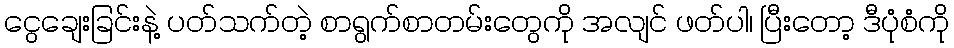
ငွေချေးခြင်းနဲ့ ပတ်သက်တဲ့ စာရွက်စာတမ်းတွေကို အလျင် ဖတ်ပါ၊ ပြီးတော့ ဒီပုံစံကို